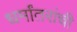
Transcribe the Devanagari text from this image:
धर्मांतरांची